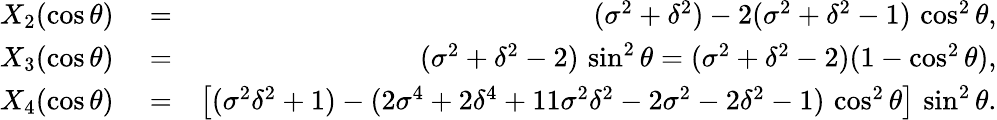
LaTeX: \begin{array}{rlr}{X_{2}(\cos\theta)}&{{}=}&{(\sigma^{2}+\delta^{2})-2(\sigma^{2}+\delta^{2}-1)\, \cos^{2}\theta,}\\ {X_{3}(\cos\theta)}&{{}=}&{(\sigma^{2}+\delta^{2}-2)\, \sin^{2}\theta=(\sigma^{2}+\delta^{2}-2)(1-\cos^{2}\theta),}\\ {X_{4}(\cos\theta)}&{{}=}&{\left[(\sigma^{2}\delta^{2}+1)-(2\sigma^{4}+2\delta^{4}+11\sigma^{2}\delta^{2}-2\sigma^{2}-2\delta^{2}-1)\, \cos^{2}\theta\right]\, \sin^{2}\theta.}\end{array}